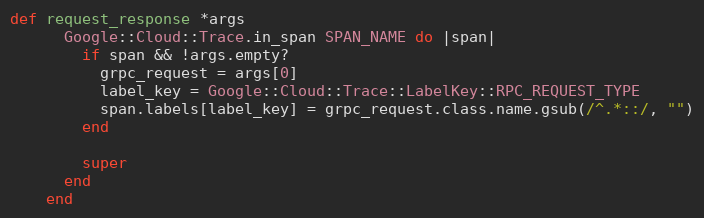
Language: Ruby
def request_response *args
      Google::Cloud::Trace.in_span SPAN_NAME do |span|
        if span && !args.empty?
          grpc_request = args[0]
          label_key = Google::Cloud::Trace::LabelKey::RPC_REQUEST_TYPE
          span.labels[label_key] = grpc_request.class.name.gsub(/^.*::/, "")
        end

        super
      end
    end